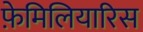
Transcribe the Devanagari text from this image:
फ़ेमिलियारिस